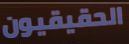
الحقيقيون